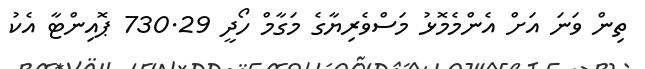
ތިން ވަނަ އަށް އެންމެމޮޅު މަސްވެރިޔާގެ މަގާމް ހޯދީ 730.29 ޕޮއިންޓާ އެކު